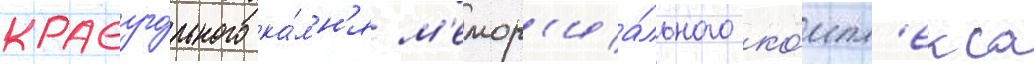
краеуго́льного ка́мн'я м'емор'иа́льного ко́мпл'екса